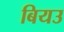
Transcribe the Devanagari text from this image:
बियउ